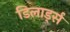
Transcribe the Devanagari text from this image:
डिलार्ड्स